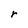
Character: r